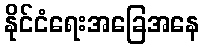
နိုင်ငံရေးအခြေအနေ